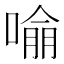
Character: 𭊏